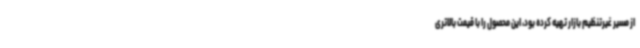
از مسیر غیرتنظیم بازار تهیه کرده بود، این محصول را با قیمت بالاتری